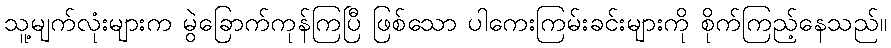
သူ့မျက်လုံးများက မွဲခြောက်ကုန်ကြပြီ ဖြစ်သော ပါကေးကြမ်းခင်းများကို စိုက်ကြည့်နေသည်။